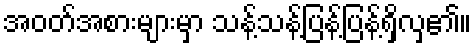
အဝတ်အစားများမှာ သန့်သန့်ပြန့်ပြန့်ရှိလှ၏။